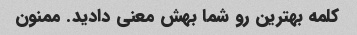
کلمه بهترین رو شما بهش معنی دادید. ممنون